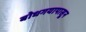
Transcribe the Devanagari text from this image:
बोधगयापासून